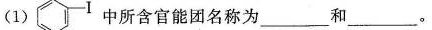
(1) 中所含官能团名称为___和___。